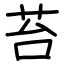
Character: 苔